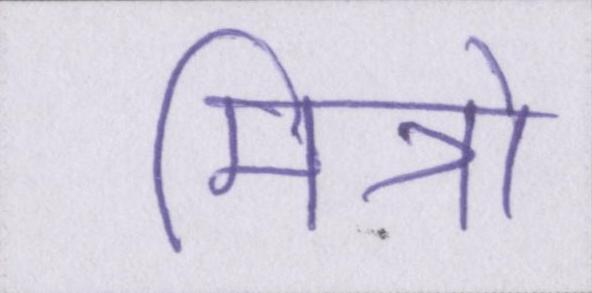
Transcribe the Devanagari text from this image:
मित्रो